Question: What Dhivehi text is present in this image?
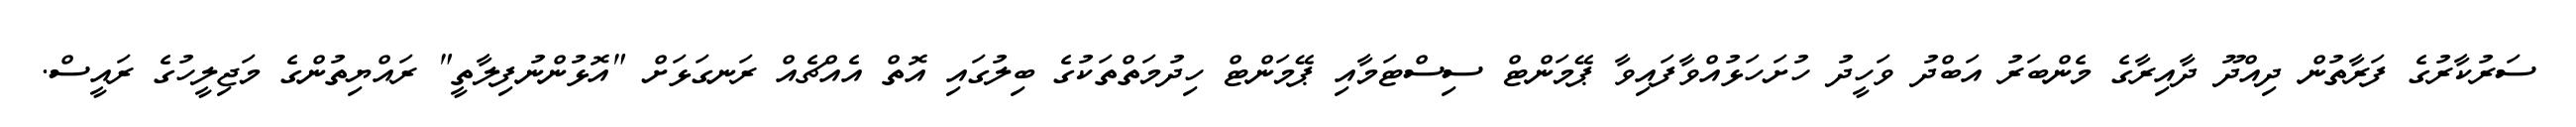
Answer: ސަރުކާރުގެ ފަރާތުން ދިއްދޫ ދާއިރާގެ މެންބަރު އަބްދު ވަހީދު ހުށަހަޅުއްވާފައިވާ ޕޭމަންޓް ސިސްޓަމާއި ޕޭމަންޓް ހިދުމަތްތަކުގެ ބިލުގައި އޮތް އެއްޗެއް ރަނގަޅަށް "އޮޅުންނުފިލާތީ" ރައްޔިތުންގެ މަޖިލީހުގެ ރައީސް.